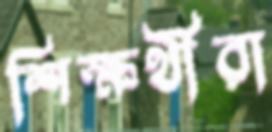
শিক্ষর্থীরা